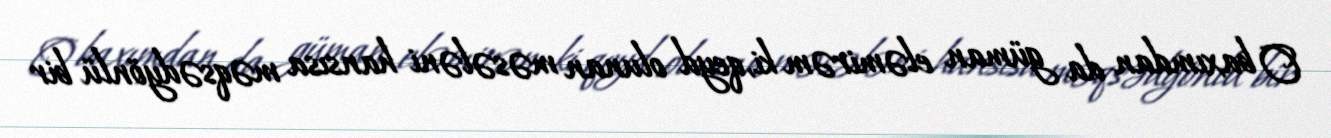
O baxımdan da güman eləmirəm ki, qeyd olunan məsələni hansısa məqsədyönlü bir